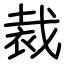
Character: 裁